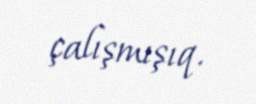
çalışmışıq.